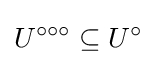
U^{\circ \circ \circ }\subseteq U^{\circ }